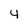
Character: 4